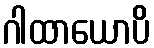
ဂါထာယောပိ